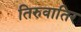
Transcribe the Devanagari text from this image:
तिरुवातिर